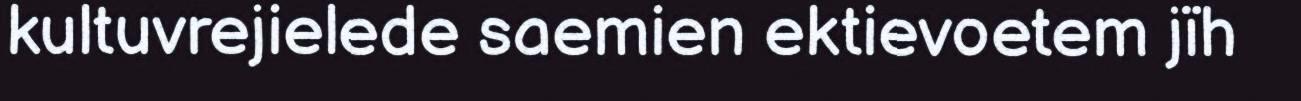
kultuvrejielede saemien ektievoetem jïh